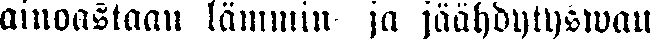
ainoastaan lämmin- ja jäähdytyswau